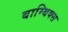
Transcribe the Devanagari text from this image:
बाम्बिक्स